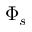
\Phi _ { s }